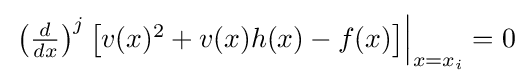
{\textstyle \left.\left({\frac {d}{dx}}\right)^{j}\left[v(x)^{2}+v(x)h(x)-f(x)\right]\right|_{x=x_{i}}=0}